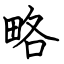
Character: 略